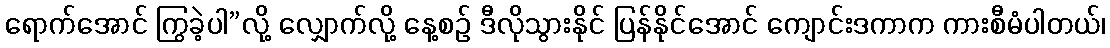
ရောက်အောင် ကြွခဲ့ပါ”လို့ လျှောက်လို့ နေ့စဉ် ဒီလိုသွားနိုင် ပြန်နိုင်အောင် ကျောင်းဒကာက ကားစီမံပါတယ်၊